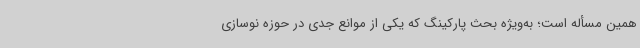
همین مسأله است؛ به‌ویژه بحث پارکینگ که یکی از موانع جدی در حوزه نوسازی